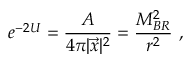
e ^ { - 2 U } = { \frac { A } { 4 \pi | \vec { x } | ^ { 2 } } } = { \frac { M _ { B R } ^ { 2 } } { r ^ { 2 } } } \ ,